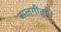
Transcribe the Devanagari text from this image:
बालगीतांचे